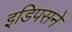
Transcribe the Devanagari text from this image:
इडिपसने